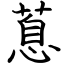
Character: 蒠